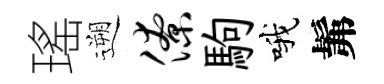
瑤遡僚駒哦髴